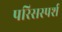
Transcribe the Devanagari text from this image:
परिसस्पर्श